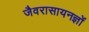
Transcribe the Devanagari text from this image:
जैवरासायनज्ञों